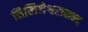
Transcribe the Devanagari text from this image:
निखिलेश्वरानन्द